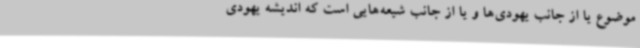
موضوع یا از جانب یهودی‌ها و یا از جانب شیعه‌هایی است که اندیشه یهودی